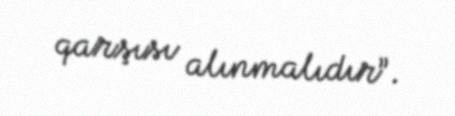
qarşısı alınmalıdır”.